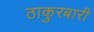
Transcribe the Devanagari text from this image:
ठाकुरबारी